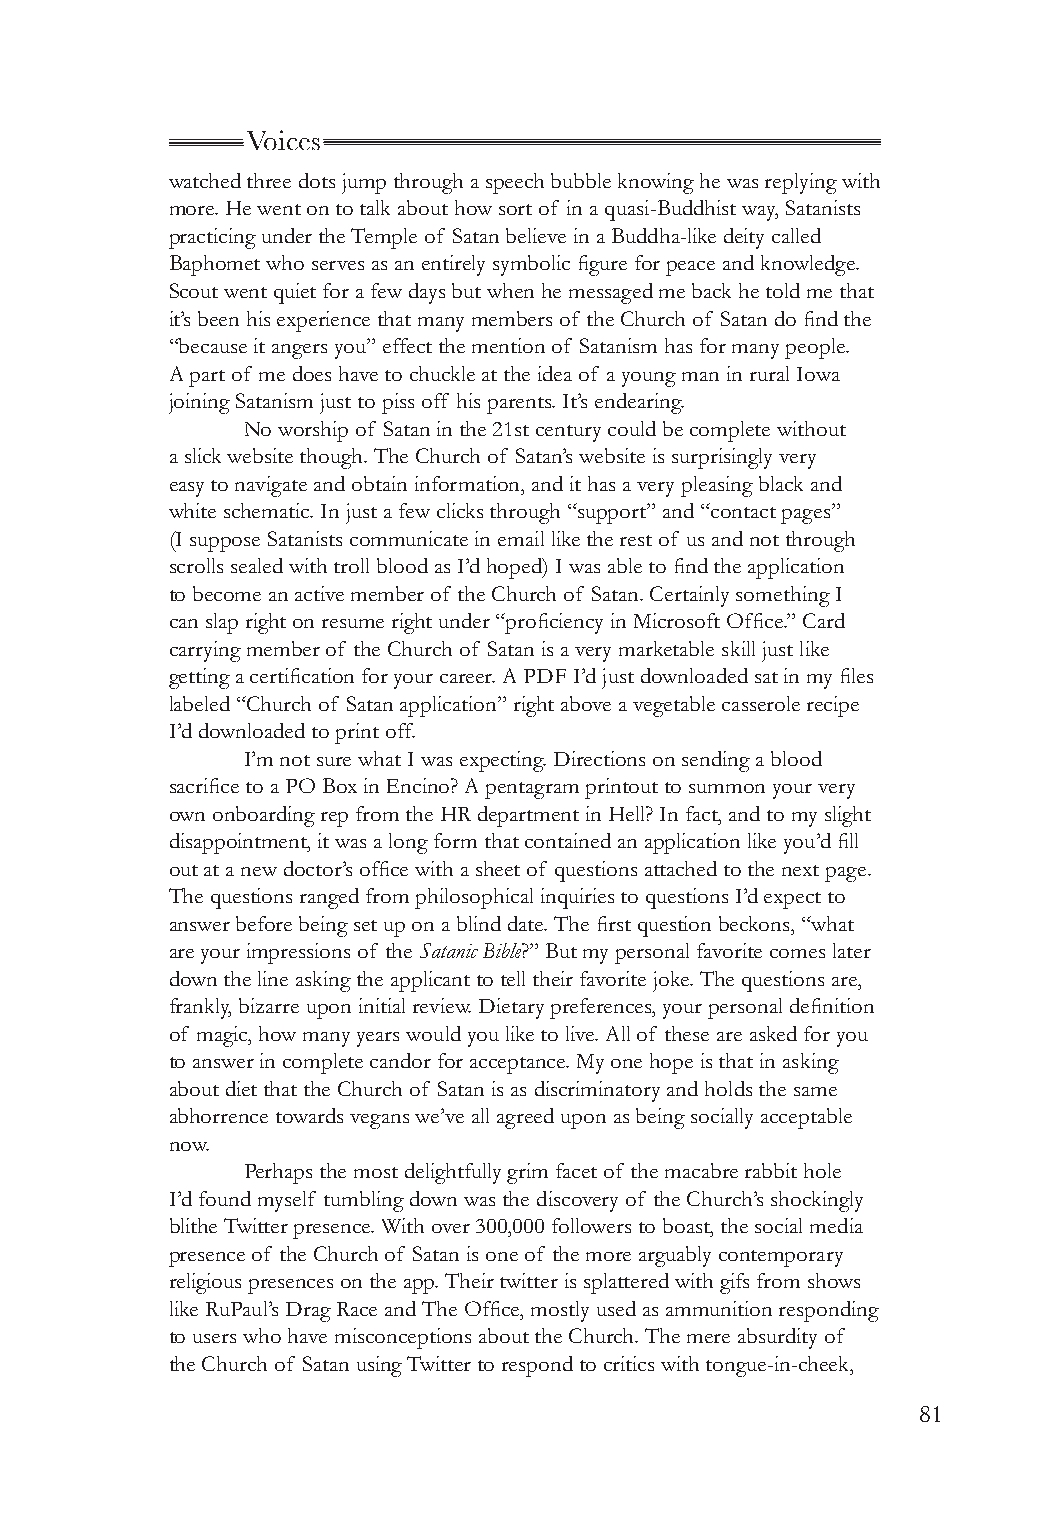
Voices
 watched three dots jump through a speech bubble knowing he was replying with
 more. He went on to talk about how sort of in a quasi-Buddhist way, Satanists
 practicing under the Temple of Satan believe in a Buddha-like deity called
 Baphomet who serves as an entirely symbolic figure for peace and knowledge.
 Scout went quiet for a few days but when he messaged me back he told me that
 it’s been his experience that many members of the Church of Satan do find the
 “because it angers you” effect the mention of Satanism has for many people.
 A part of me does have to chuckle at the idea of a young man in rural Iowa
 joining Satanism just to piss off his parents. It’s endearing.
 No worship of Satan in the 21st century could be complete without
 a slick website though. The Church of Satan’s website is surprisingly very
 easy to navigate and obtain information, and it has a very pleasing black and
 white schematic. In just a few clicks through “support” and “contact pages”
 (I suppose Satanists communicate in email like the rest of us and not through
 scrolls sealed with troll blood as I’d hoped) I was able to find the application
 to become an active member of the Church of Satan. Certainly something I
 can slap right on resume right under “proficiency in Microsoft Office.” Card
 carrying member of the Church of Satan is a very marketable skill just like
 getting a certification for your career. A PDF I’d just downloaded sat in my files
 labeled “Church of Satan application” right above a vegetable casserole recipe
 I’d downloaded to print off.
 I’m not sure what I was expecting. Directions on sending a blood
 sacrifice to a PO Box in Encino? A pentagram printout to summon your very
 own onboarding rep from the HR department in Hell? In fact, and to my slight
 disappointment, it was a long form that contained an application like you’d fill
 out at a new doctor’s office with a sheet of questions attached to the next page.
 The questions ranged from philosophical inquiries to questions I’d expect to
 answer before being set up on a blind date. The first question beckons, “what
 are your impressions of the Satanic Bible?” But my personal favorite comes later
 down the line asking the applicant to tell their favorite joke. The questions are,
 frankly, bizarre upon initial review. Dietary preferences, your personal definition
 of magic, how many years would you like to live. All of these are asked for you
 to answer in complete candor for acceptance. My one hope is that in asking
 about diet that the Church of Satan is as discriminatory and holds the same
 abhorrence towards vegans we’ve all agreed upon as being socially acceptable
 now.
 Perhaps the most delightfully grim facet of the macabre rabbit hole
 I’d found myself tumbling down was the discovery of the Church’s shockingly
 blithe Twitter presence. With over 300,000 followers to boast, the social media
 presence of the Church of Satan is one of the more arguably contemporary
 religious presences on the app. Their twitter is splattered with gifs from shows
 like RuPaul’s Drag Race and The Office, mostly used as ammunition responding
 to users who have misconceptions about the Church. The mere absurdity of
 the Church of Satan using Twitter to respond to critics with tongue-in-cheek,
 81